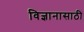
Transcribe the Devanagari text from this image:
विज्ञानासाठी